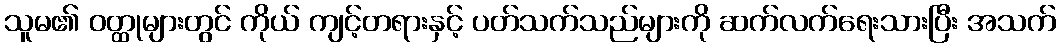
သူမ၏ ဝတ္ထုများတွင် ကိုယ် ကျင့်တရားနှင့် ပတ်သက်သည်များကို ဆက်လက်ရေးသားပြီး အသက်